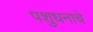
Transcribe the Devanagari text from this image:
पशुधनाचे